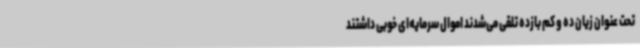
تحت عنوان زیان ده و کم بازده تلقی می‌شدند اموال سرمایه‌ای خوبی داشتند